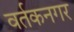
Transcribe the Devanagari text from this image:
वर्तकनगर